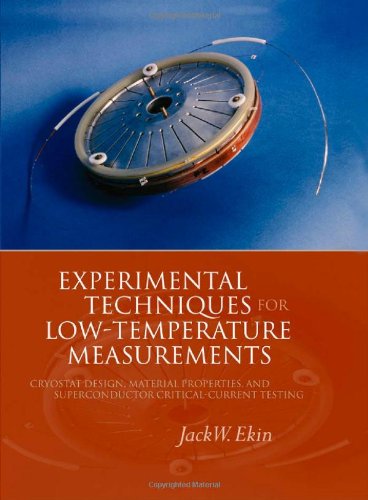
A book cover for Experimental Techniques: Cryostat Design, Material Properties and Superconductor Critical-Current Testing; Jack Ekin; Science & Math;